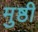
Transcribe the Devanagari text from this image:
मुष्ठी